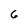
Character: 6